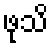
ဖုသိ